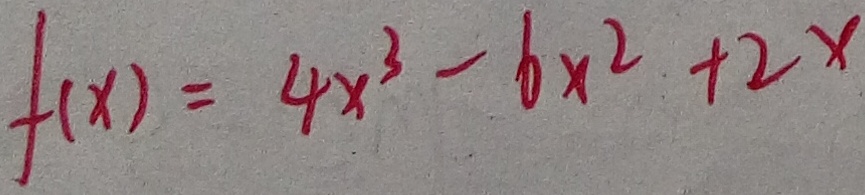
f ( x ) = 4 x ^ { 3 } - 6 x ^ { 2 } + 2 x